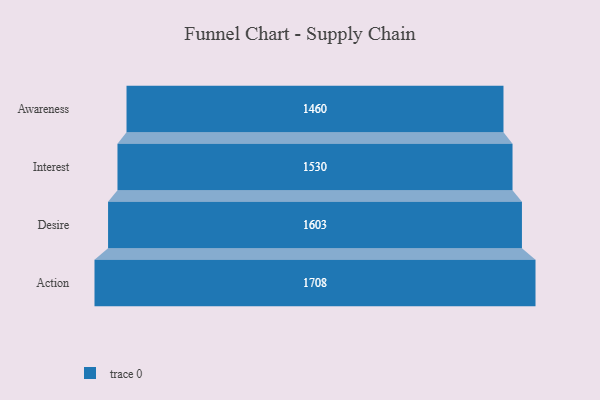
{"axis": {"x": "Stage", "y": "Value"}, "legend": [""], "data": [{"x": "Awareness", "y": 1460.0, "type": ""}, {"x": "Interest", "y": 1530.0, "type": ""}, {"x": "Desire", "y": 1603.0, "type": ""}, {"x": "Action", "y": 1708.0, "type": ""}]}